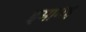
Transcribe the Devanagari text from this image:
इमामह